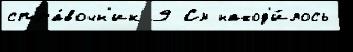
спра́вочн'ик 9 См наход'и́лось